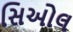
સિઓલ